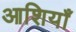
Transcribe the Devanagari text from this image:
आशियाँ